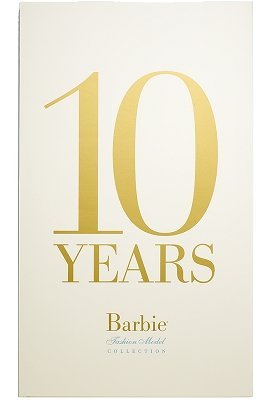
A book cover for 10 Years: The Barbie Fashion Model Collection; Arts & Photography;